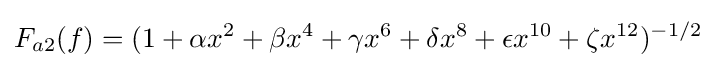
F_{a2}(f)=(1+\alpha x^{2}+\beta x^{4}+\gamma x^{6}+\delta x^{8}+\epsilon x^{10}+\zeta x^{12})^{-1/2}